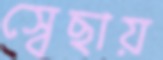
স্বেছায়